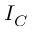
I _ { C }